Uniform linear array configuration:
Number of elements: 4
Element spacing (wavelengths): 0.5
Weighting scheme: binomial
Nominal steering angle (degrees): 15
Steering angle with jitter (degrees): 16.141
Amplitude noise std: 0.05
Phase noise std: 0.05

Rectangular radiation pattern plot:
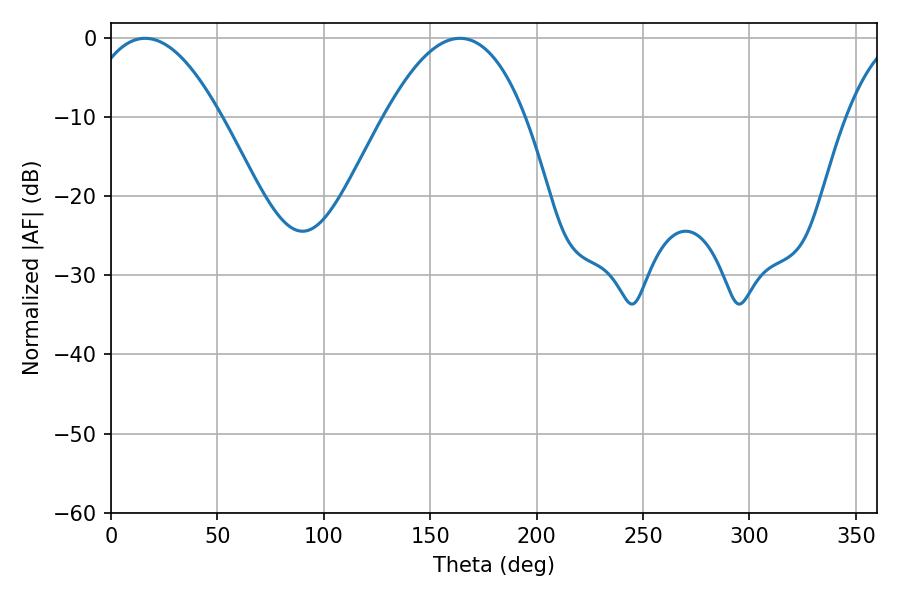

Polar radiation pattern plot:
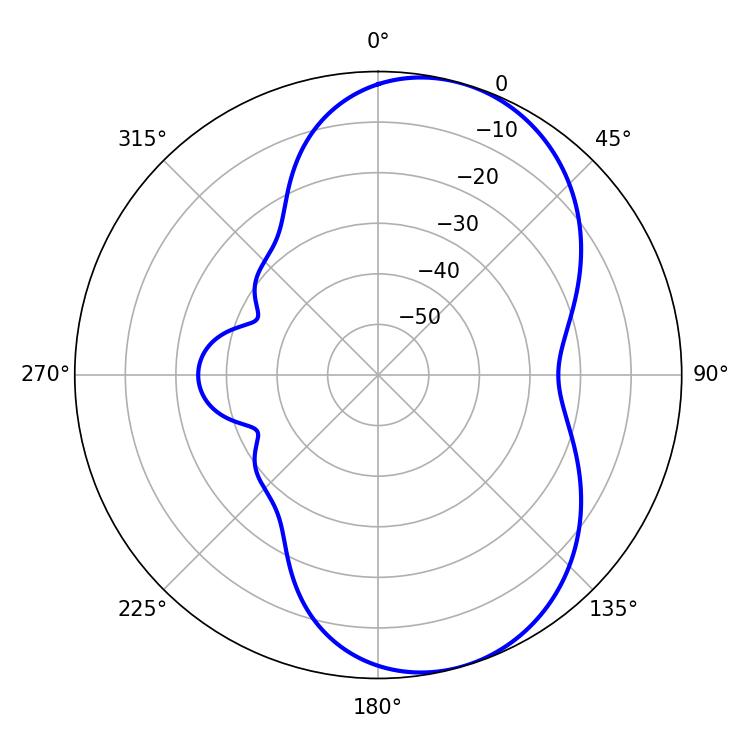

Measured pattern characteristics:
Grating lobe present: FALSE
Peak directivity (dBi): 6.961
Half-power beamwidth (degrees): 35.1
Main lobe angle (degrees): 16.02